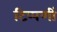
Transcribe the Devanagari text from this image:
टिप्पणीं